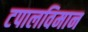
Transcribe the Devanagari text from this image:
टपालविमान